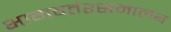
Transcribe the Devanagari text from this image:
भागवतंरसमालय